Civil Veterinary Dept. Bombay admin report 1893-99 - 1893-1899
Year: 1893
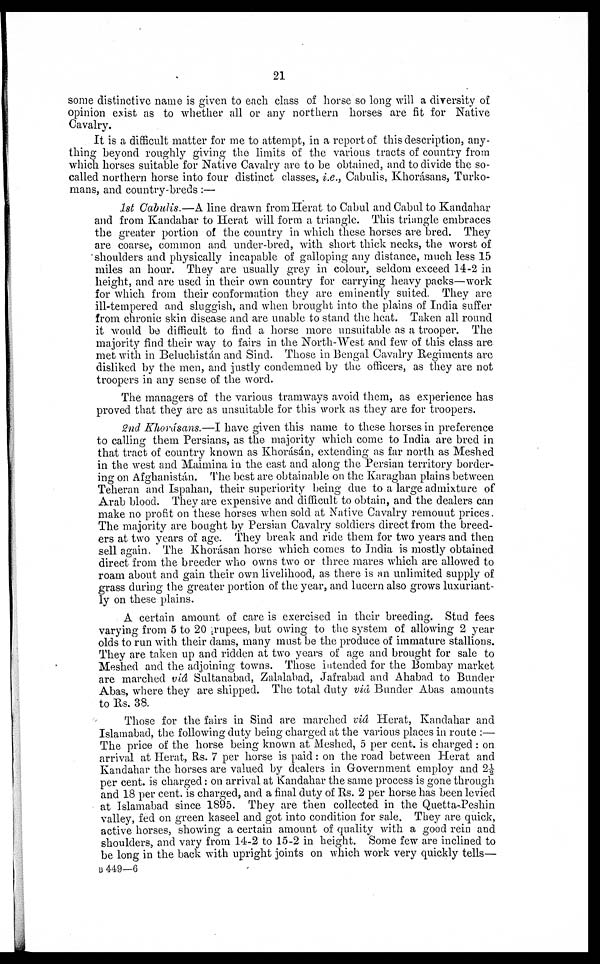
21
some distinctive name is given to each class of horse so long will a diversity of
opinion exist as to whether all or any northern horses are fit for Native
Cavalry.
It is a difficult matter for me to attempt, in a report of this description, any-
thing beyond roughly giving the limits of the various tracts of country from
which horses suitable for Native Cavalry are to be obtained, and to divide the so-
called northern horse into four distinct classes, i.e., Cabulis, Khorásans, Turko-
mans, and country-breds:—
1st Cabulis.—A line drawn from Herat to Cabul and Cabul to Kandahar
and from Kandahar to Herat will form a triangle. This triangle embraces
the greater portion of the country in which these horses are bred. They
are coarse, common and under-bred, with short thick necks, the worst of
shoulders and physically incapable of galloping any distance, much less 15
miles an hour. They are usually grey in colour, seldom exceed 14-2 in
height, and are used in their own country for carrying heavy packs—work
for which from their conformation they are eminently suited. They are
ill-tempered and sluggish, and when brought into the plains of India suffer
from chronic skin disease and are unable to stand the heat. Taken all round
it would be difficult to find a horse more unsuitable as a trooper. The
majority find their way to fairs in the North-West and few of this class are
met with in Beluchistán and Sind. Those in Bengal Cavalry Regiments are
disliked by the men, and justly condemned by the officers, as they are not
troopers in any sense of the word.
The managers of the various tramways avoid them, as experience has
proved that they are as unsuitable for this work as they are for troopers.
2nd Khorásans.—I have given this name to these horses in preference
to calling them Persians, as the majority which come to India are bred in
that tract of country known as Khorásan, extending as far north as Meshed
in the west and Maimina in the east and along the Persian territory border-
ing on Afghanistán. The best are obtainable on the Karaghan plains between
Teheran and Ispahan, their superiority being due to a large admixture of
Arab blood. They are expensive and difficult to obtain, and the dealers can
make no profit on these horses when sold at Native Cavalry remount prices.
The majority are bought by Persian Cavalry soldiers direct from the breed-
ers at two years of age. They break and ride them for two years and then
sell again. The Khorásan horse which comes to India is mostly obtained
direct from the breeder who owns two or three mares which are allowed to
roam about and gain their own livelihood, as there is an unlimited supply of
grass during the greater portion of the year, and lucern also grows luxuriant-
ly on these plains.
A certain amount of care is exercised in their breeding. Stud fees
varying from 5 to 20 rupees, but owing to the system of allowing 2 year
olds to run with their dams, many must be the produce of immature stallions.
They are taken up and ridden at two years of age and brought for sale to
Meshed and the adjoining towns. Those intended for the Bombay market
are marched viâ Sultanabad, Zalalabad, Jafrabad and Ahabad to Bunder
Abas, where they are shipped. The total duty viâ Bunder Abas amounts
to Rs. 38.
Those for the fairs in Sind are marched viâ Herat, Kandahar and
Islamabad, the following duty being charged at the various places in route :—
The price of the horse being known at Meshed, 5 per cent. is charged : on
arrival at Herat, Rs. 7 per horse is paid : on the road between Herat and
Kandahar the horses are valued by dealers in Government employ and 2½
per cent. is charged : on arrival at Kandahar the same process is gone through
and 18 per cent. is charged, and a final duty of Rs. 2 per horse has been levied
at Islamabad since 1895. They are then collected in the Quetta-Peshin
valley, fed on green kaseel and got into condition for sale. They are quick,
active horses, showing a certain amount of quality with a good rein and
shoulders, and vary from 14-2 to 15-2 in height. Some few are inclined to
be long in the back with upright joints on which work very quickly tells—
B 449—6